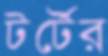
টর্টের